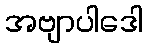
အဗျာပါဒေါ